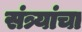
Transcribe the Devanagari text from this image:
संत्र्यांचा